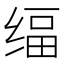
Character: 䌿